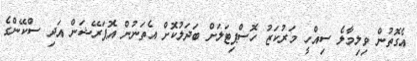
އެގޮތުން ވިލިމާލެ ސިއްހީ މަރުކަޒު ހޮސްޕިޓަލަށް ބަދަލުކޮށް އެތަނުން އޮޕަރޭޝަން އަދި ސްކޭންގެ